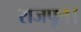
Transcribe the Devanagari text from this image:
राजपूत।